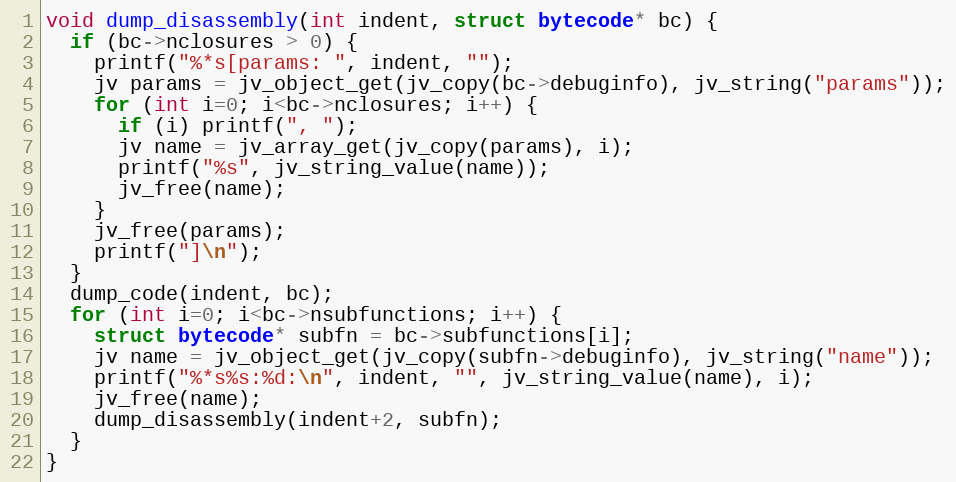
Language: C
void dump_disassembly(int indent, struct bytecode* bc) {
  if (bc->nclosures > 0) {
    printf("%*s[params: ", indent, "");
    jv params = jv_object_get(jv_copy(bc->debuginfo), jv_string("params"));
    for (int i=0; i<bc->nclosures; i++) {
      if (i) printf(", ");
      jv name = jv_array_get(jv_copy(params), i);
      printf("%s", jv_string_value(name));
      jv_free(name);
    }
    jv_free(params);
    printf("]\n");
  }
  dump_code(indent, bc);
  for (int i=0; i<bc->nsubfunctions; i++) {
    struct bytecode* subfn = bc->subfunctions[i];
    jv name = jv_object_get(jv_copy(subfn->debuginfo), jv_string("name"));
    printf("%*s%s:%d:\n", indent, "", jv_string_value(name), i);
    jv_free(name);
    dump_disassembly(indent+2, subfn);
  }
}